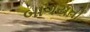
બાગયતી